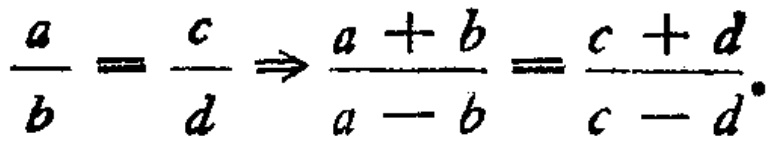
$\frac{a}{b}=\frac{c}{d}\Rightarrow\frac{a + b}{a - b}=\frac{c + d}{c - d}.$